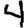
Digit: 4